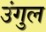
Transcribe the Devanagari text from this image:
उंगुल